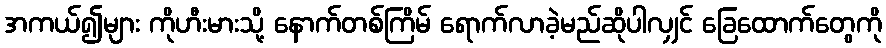
အကယ်၍များ ကိုဟီးမားသို့ နောက်တစ်ကြိမ် ရောက်လာခဲ့မည်ဆိုပါလျှင် ခြေထောက်တွေကို